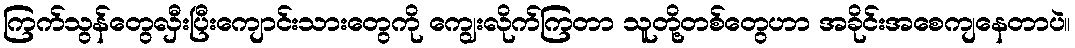
ကြက်သွန်တွေလှီးပြီးကျောင်းသားတွေကို ကျွေးလိုက်ကြတာ သူတို့တစ်တွေဟာ အခိုင်းအစေကျနေတာပဲ။